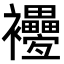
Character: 𧟕